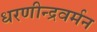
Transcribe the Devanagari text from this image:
धरणीन्द्रवर्मन